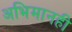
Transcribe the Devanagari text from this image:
अभिमानही